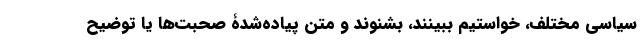
سیاسی مختلف، خواستیم ببینند، بشنوند و متن پیاده‌شدۀ صحبت‌ها یا توضیح